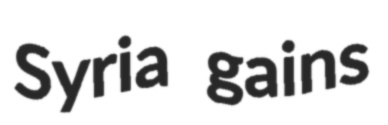
Syria gains